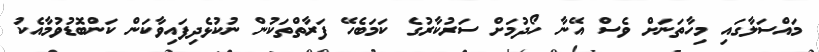
މައްސަލާގައި މިހާތަނަށް ވެސް އޭނާ ހޯދުމަށް ސަރުކާރުގެ ކަމަބެހޭ ފަރާތްތަކުން ނުކުޅެދިފައިވާކަން ކަންބޮޑުވުމާއެކު